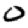
Digit: 0